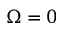
\Omega = 0